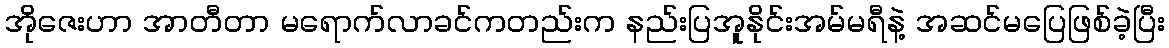
အိုဇေးဟာ အာတီတာ မရောက်လာခင်ကတည်းက နည်းပြအူနိုင်းအမ်မရီနဲ့ အဆင်မပြေဖြစ်ခဲ့ပြီး